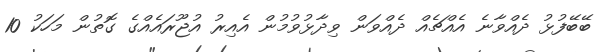
ބޭބޭފުޅު ދެއްވާނެ އެއްޗެއް ދެއްވަން ވިދާޅުވުމުން އެއިރު އުޖޫރައެއްގެ ގޮތުން މަހަކު 10